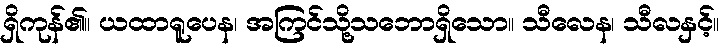
ရှိကုန်၏။ ယထာရူပေန၊ အကြင်သို့သဘောရှိသော။ သီလေန၊ သီလနှင့်။